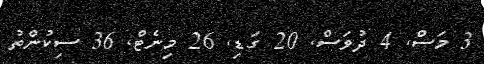
3 މަސް